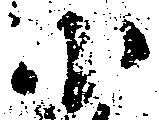
小